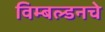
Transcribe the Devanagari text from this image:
विम्बल्डनचे